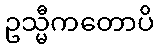
ဥသ္မီကတောပိ